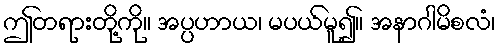
ဤတရားတို့ကို။ အပ္ပဟာယ၊ မပယ်မူ၍။ အနာဂါမိစလံ၊